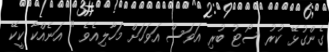
ގެންގުޅޭ ކުރު ސޯޓު ބުރި އަވަސް އަވަހަށް މަހާލިއެވެ " އަނެއްކާ ކީކޭ